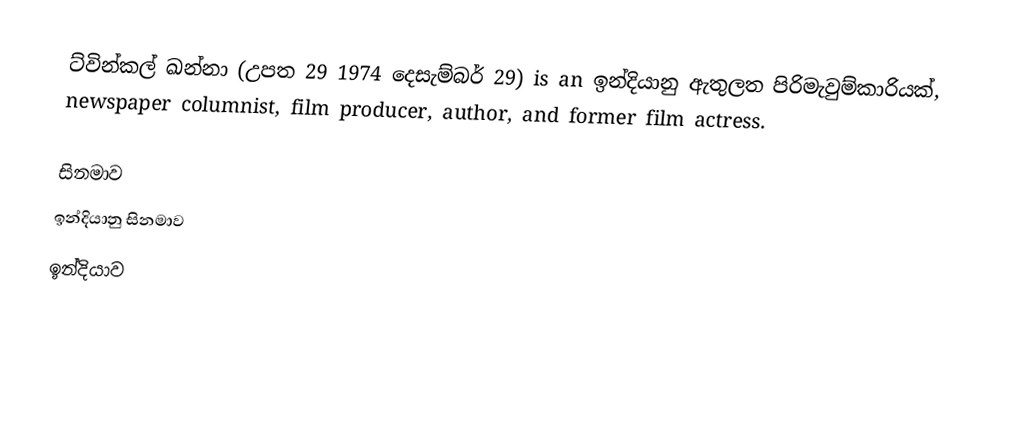
ට්වින්කල් ඛන්නා (උපත 29 1974 දෙසැම්බර් 29) is an ඉන්දියානු ඇතුලත පිරිමැවුම්කාරියක්, newspaper columnist, film producer, author, and former film actress.

සිනමාව
ඉන්දියානු සිනමාව
ඉන්දියාව